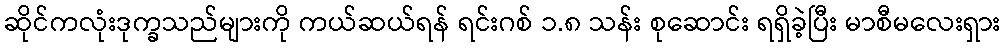
ဆိုင်ကလုံးဒုက္ခသည်များကို ကယ်ဆယ်ရန် ရင်းဂစ် ၁.၈ သန်း စုဆောင်း ရရှိခဲ့ပြီး မာစီမလေးရှား